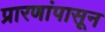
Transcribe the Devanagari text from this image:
प्रारणांपासून